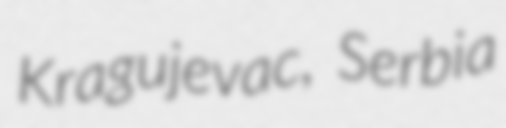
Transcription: Kragujevac, Serbia